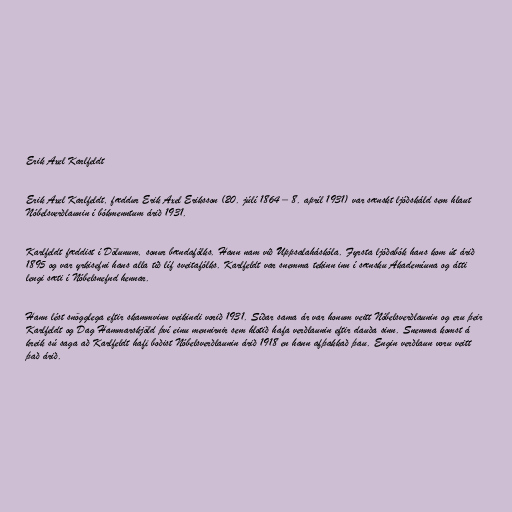
Erik Axel Karlfeldt

Erik Axel Karlfeldt, fæddur Erik Axel Eriksson (20. júlí 1864 – 8. apríl 1931) var sænskt ljóðskáld sem hlaut
Nóbelsverðlaunin í bókmenntum árið 1931.

Karlfeldt fæddist í Dölunum, sonur bændafólks. Hann nam við Uppsalaháskóla. Fyrsta ljóðabók hans kom út árið
1895 og var yrkisefni hans alla tíð líf sveitafólks. Karlfeldt var snemma tekinn inn í sænsku Akademíuna og átti
lengi sæti í Nóbelsnefnd hennar.

Hann lést snögglega eftir skammvinn veikindi vorið 1931. Síðar sama ár var honum veitt Nóbelsverðlaunin og eru þeir
Karlfeldt og Dag Hammarskjöld því einu mennirnir sem hlotið hafa verðlaunin eftir dauða sinn. Snemma komst á
kreik sú saga að Karlfeldt hafi boðist Nóbelsverðlaunin árið 1918 en hann afþakkað þau. Engin verðlaun voru veitt
það árið.